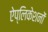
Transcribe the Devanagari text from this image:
ऐप्लिकेशनों